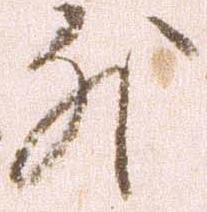
外